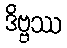
ဒိဗ္ဗဿ